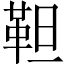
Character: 靼